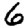
Digit: 6